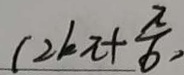
( 2 k \pi + \frac { \pi } { 6 } )